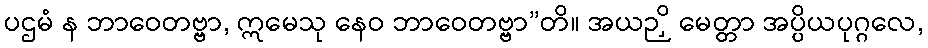
ပဌမံ န ဘာဝေတဗ္ဗာ, ဣမေသု နေဝ ဘာဝေတဗ္ဗာ”တိ။ အယဉှိ မေတ္တာ အပ္ပိယပုဂ္ဂလေ,